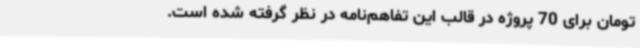
تومان برای 70 پروژه در قالب این تفاهم‌نامه در نظر گرفته شده است.